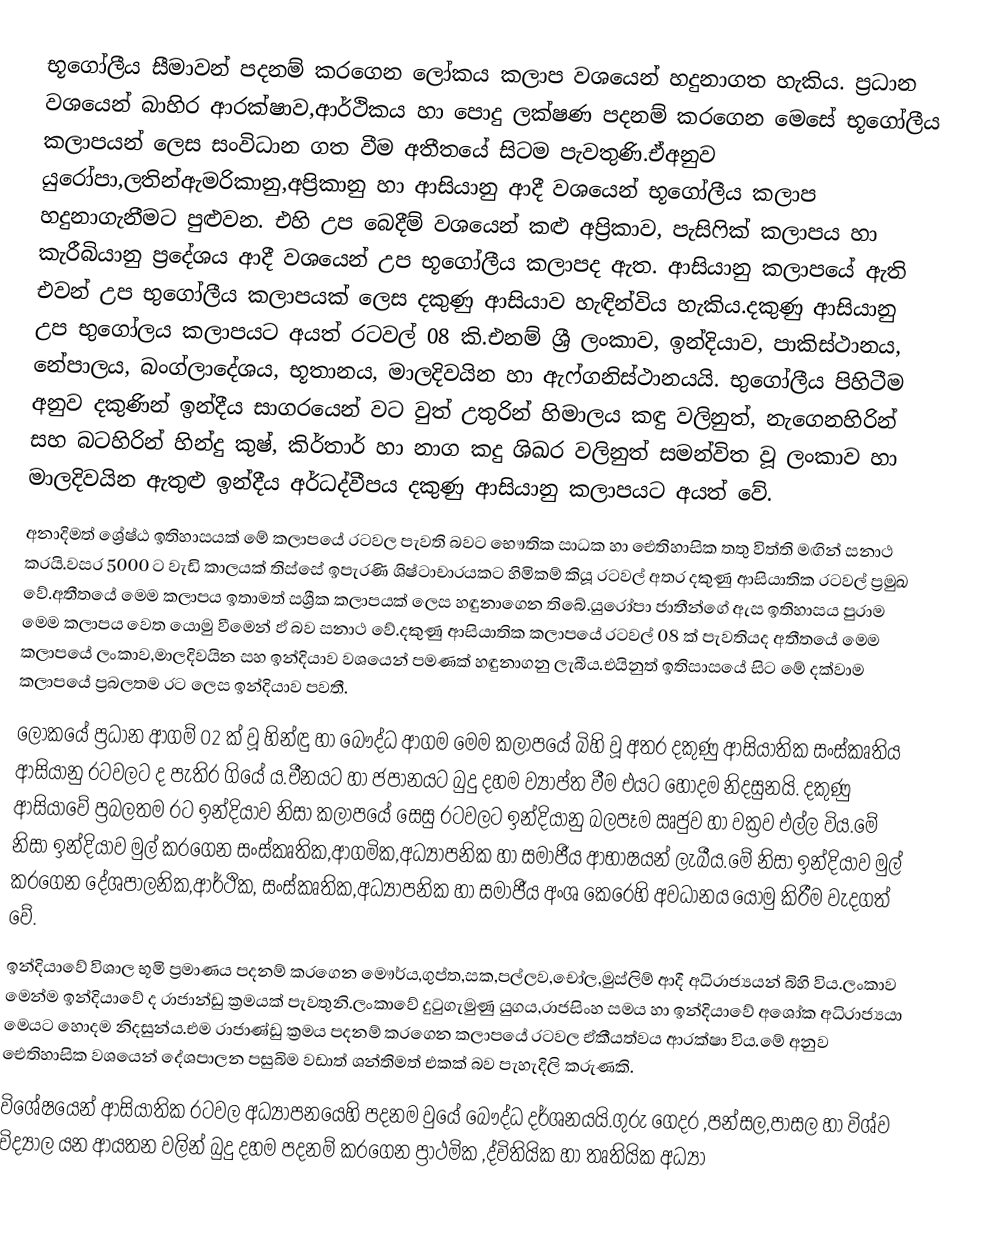
භූගෝලීය සීමාවන් පදනම් කරගෙන ලෝකය කලාප වශයෙන් හදුනාගත හැකිය. ප්‍රධාන වශයෙන් බාහිර ආරක්ෂාව,ආර්ථිකය හා පොදු ලක්ෂණ පදනම් කරගෙන මෙසේ භූගෝලීය කලාපයන් ලෙස සංවිධාන ගත වීම අතීතයේ සිටම පැවතුණි.ඒඅනුව යුරෝපා,ලතින්ඇමරිකානු,අප්‍රිකානු හා ආසියානු ආදී වශයෙන් භූගෝලීය කලාප  හදුනාගැනීමට පුළුවන. එහි උප බෙදීම් වශයෙන් කළු අප්‍රිකාව, පැසිෆික් කලාපය හා කැරීබියානු ප්‍රදේශය ආදී වශයෙන් උප භූගෝලීය කලාපද ඇත. ආසියානු කලාපයේ ඇති එවන් උප භුගෝලීය කලාපයක් ලෙස දකුණු ආසියාව හැඳින්විය හැකිය.දකුණු ආසියානු උප භුගෝලය කලාපයට අයත් රටවල් 08 කි.එනම් ශ්‍රී ලංකාව, ඉන්දියාව, පාකිස්ථානය, නේපාලය, බංග්ලාදේශය, භූතානය, මාලදිවයින හා ඇෆ්ගනිස්ථානයයි. භුගෝලීය පිහිටීම අනුව දකුණින් ඉන්දීය සාගරයෙන් වට වුත් උතුරින් හිමාලය කඳු වලිනුත්, නැගෙනහිරින් සහ බටහිරින් හින්දු කුෂ්, කිර්තාර් හා නාග කදු ශිඛර වලිනුත් සමන්විත වූ ලංකාව හා මාලදිවයින ඇතුළු ඉන්දීය අර්ධද්වීපය දකුණු ආසියානු කලාපයට අයත් වේ.
අනාදිමත් ශ්‍රේෂ්ඨ ඉතිහාසයක් මේ කලාපයේ රටවල පැවති බව‍ට භෞතික සාධක හා ඓතිහාසික තතු විත්ති මඟින් සනාථ කරයි.වසර 5000 ට වැඩි කාලයක් තිස්සේ ඉපැරණි ශිෂ්ටාචාරයකට හිමිකම් කියූ රටවල් අතර දකුණු ආසියාතික රටවල් ප්‍රමුඛ වේ.අතීතයේ මෙම කලාපය ඉතාමත් සශ්‍රීක කලාපයක් ලෙස හඳුනාගෙන තිබේ.යුරෝපා ජාතීන්ගේ ඇස ඉතිහාසය පුරාම මෙම කලාපය වෙත යොමු වීමෙන් ඵ් බව සනාථ වේ.දකුණු ආසියාතික කලාපයේ රටවල් 08 ක් පැවතියද අතීතයේ මෙම කලාපයේ  ලංකාව,මාලදිවයින සහ ඉන්දියාව වශයෙන් පමණක් හඳුනාගනු ලැබීය.එයිනුත් ඉතිසාසයේ සිට මේ දක්වාම කලාපයේ ප්‍රබලතම රට ලෙස ඉන්දියාව පවතී.
ලෝකයේ ප්‍රධාන ආගම් 02 ක් වූ හින්ඳු හා බෞද්ධ ආගම මෙම කලාපයේ බිහි වූ අතර දකුණු ආසියාතික සංස්කෘතිය ආසියානු රටවලට ද පැතිර ගියේ ය.චීනයට හා ජපානයට බුදු දහම ව්‍යාප්ත වීම එයට හොදම නිදසුනයි. දකුණු ආසියාවේ ප්‍රබලතම රට ඉන්දියාව නිසා කලාපයේ සෙසු රටවලට ඉන්දියානු බලපෑම ඍජුව හා වක්‍රව එල්ල විය.මේ නිසා  ඉන්දියාව මුල් කරගෙන සංස්කෘතික,ආගමික,අධ්‍යාපනික හා සමාජීය ආභාෂයන් ලැබීය.මේ නිසා ඉන්දියාව මුල් කර‍ගෙන දේශපාලනික,ආර්ථික, සංස්කෘතික,අධ්‍යාපනික හා සමාජීය අංශ කෙරෙහි අවධානය යොමු කිරීම වැදගත් වේ.
ඉන්දියාවේ විශාල භූමි ප්‍රමාණය පදනම් කරගෙන මෞර්ය,ගුප්ත,සක,පල්ලව,චෝල,මුස්ලිම් ආදී අධිරාජ්‍යයන් බිහි විය.ලංකාව මෙන්ම ඉන්දියාවේ ද රාජාන්ඩු ක්‍රමයක් පැවතුනි.ලංකාවේ දුටුගැමුණු යුගය,රාජසිංහ සමය හා ඉන්දියාවේ අ‍‍‍ශෝක අධිරාජ්‍යයා මෙයට හොදම නිදසුන්ය.එම රාජාණ්ඩු ක්‍රමය පදනම් කරගෙන කලාපයේ රටවල ඒකීයත්වය ආරක්ෂා විය.මේ අනුව ඓතිහාසික වශයෙන් දේශපාලන පසුබිම වඩාත් ශන්තිමත් එකක් බව පැහැදිලි කරුණකි.
විශේෂයෙන් ආසියාතික රටවල අධ්‍යාපනයෙහි පදනම වුයේ ‍බෞද්ධ දර්ශනයයි.ගුරු ගෙදර ,පන්සල,පාසල හා විශ්ව විද්‍යාල යන ආයතන වලින් බුදු දහම පදනම් කරගෙන ප්‍රාථමික ,ද්විතියික හා තෘතියික අධ්‍යා